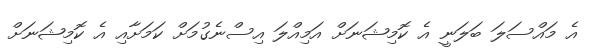
އެ މައްސަލަ ބަލަނީ އެ ކޮމިޝަނަށް އަމިއްލަ އިސްނެގުމަށް ކަމަށާއި އެ ކޮމިޝަނަށް